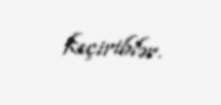
keçiriblər.